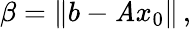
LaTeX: \beta=\| b-\mathit{A}x_{0}\| \, ,